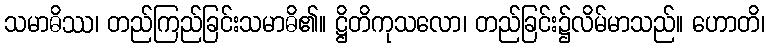
သမာဓိဿ၊ တည်ကြည်ခြင်းသမာဓိ၏။ ဋ္ဌိတိကုသလော၊ တည်ခြင်း၌လိမ်မာသည်။ ဟောတိ၊